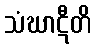
သံဃာဋီတိ